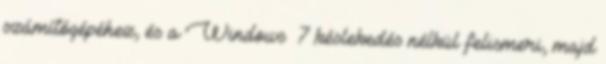
számítógépéhez, és a Windows® 7 késlekedés nélkül felismeri, majd